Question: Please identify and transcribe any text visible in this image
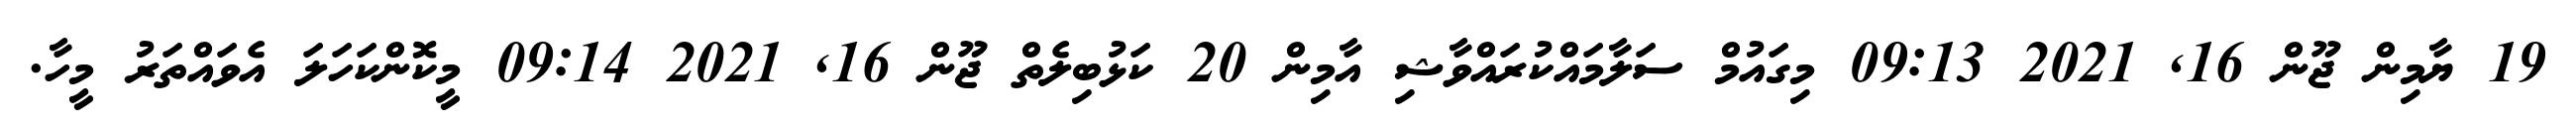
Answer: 19 ޔާމިން ޖޫން 16, 2021 09:13 މިގައުމް ސަލާމައްކުރައްވާޝި އާމިން 20 ކަޅުބިލެތް ޖޫން 16, 2021 09:14 މީކޮންކަހަލަ އެވައްތަރު މީހާ.